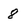
Character: 8